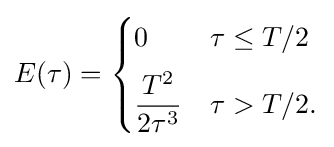
E(\tau )={\begin{cases}0&\tau \leq T/2\\[5pt]{\dfrac {T^{2}}{2\tau ^{3}}}&\tau >T/2.\end{cases}}